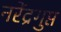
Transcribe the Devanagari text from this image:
नरेंद्रगुप्त